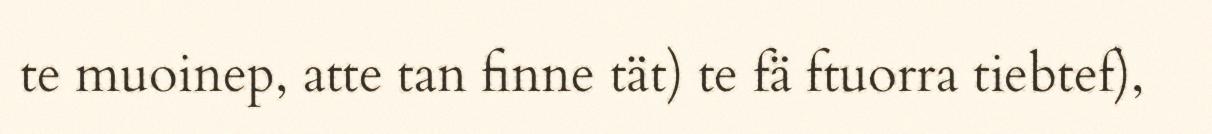
te muoinep, atte tan finne tät) te fä ftuorra tiebtef),